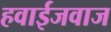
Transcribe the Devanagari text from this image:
हवाईजवाज